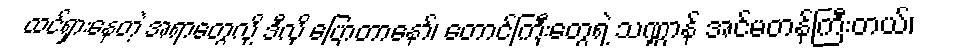
ထင်ရှားနေတဲ့ အရာတွေလို့ ဒီလို ပြောတာနော်၊ တောင်ကြီးတွေရဲ့ သဏ္ဌာန် အင်မတန်ကြီးတယ်၊